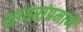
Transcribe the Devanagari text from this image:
शायरांप्रमाणे